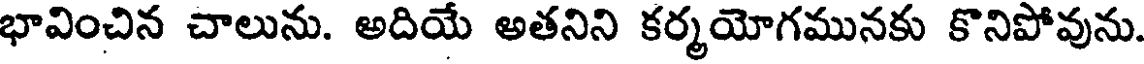
భావించిన చాలును. అదియే అతనిని కర్మయోగమునకు కొనిపోవును.